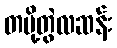
တပို့တွဲလဆန်း